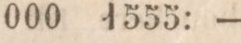
gen    6000:    —